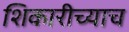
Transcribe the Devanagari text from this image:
शिकारीच्याच